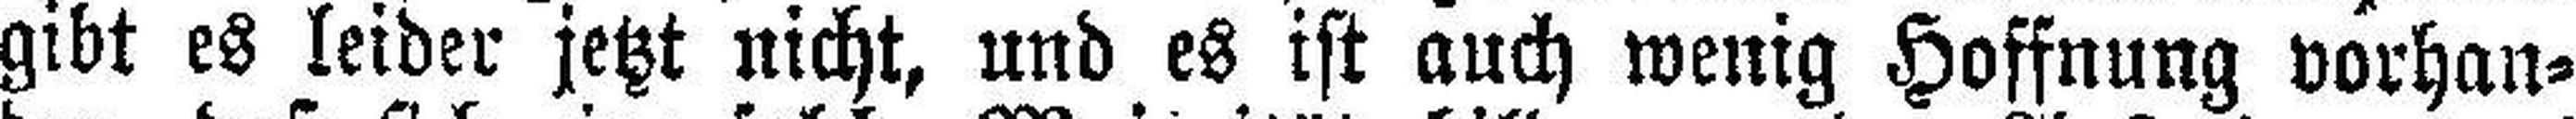
gibt es leider jetzt nicht, und es ist auch wenig Hoffnung vorhan¬